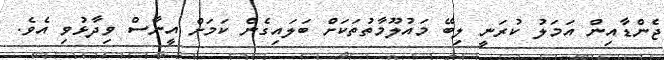
ޖެންޑާއިން އަމަލު ކުރަނީ ލިބޭ މައުލޫމާތުތަކަށް ބަލައިގެން ކަމަށް އީނާސް ވިދާޅުވި އެވެ.